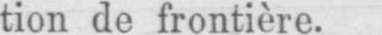
tion de frontière.